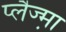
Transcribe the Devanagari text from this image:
प्लैज्म़ा